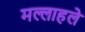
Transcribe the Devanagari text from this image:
मल्लाहले